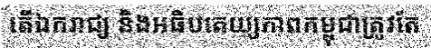
តើឯករាជ្យ និងអធិបតេយ្យភាពកម្ពុជាត្រូវតែ